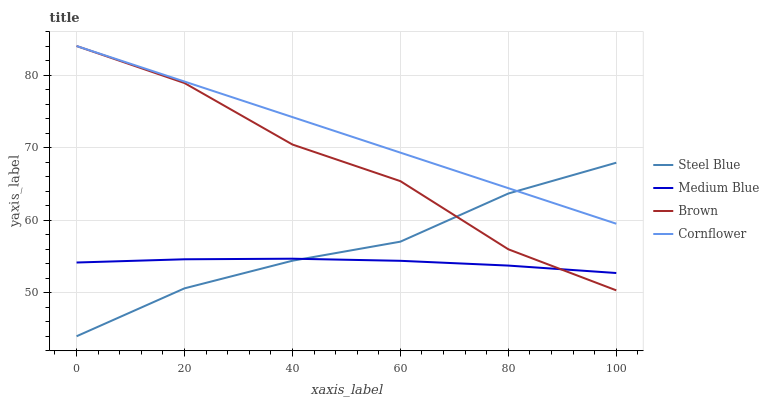
| xaxis_label | Steel Blue | Medium Blue | Brown | Cornflower |
 | --- | --- | --- | --- | --- |
 | 0 | 44 | 54.2 | 84 | 84 |
 | 20 | 50.6 | 54.6 | 78.9 | 79.1 |
 | 40 | 54.4 | 54.7 | 70.4 | 74.2 |
 | 60 | 57 | 54.4 | 65.4 | 69.3 |
 | 80 | 63.7 | 53.7 | 56 | 64.4 |
 | 100 | 67.9 | 52.7 | 50.3 | 59.5 |